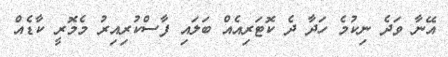
އޭނާ ވަދެ ނިކުމެ ހަދާ ދެ ކޮޓަރިއެއް ބަލައި ފާސްކުރިއިރު މެމޮރީ ކާޑެއް